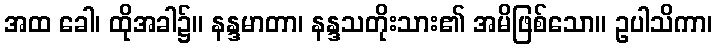
အထ ခေါ၊ ထိုအခါ၌။ နန္ဒမာတာ၊ နန္ဒသတိုးသား၏ အမိဖြစ်သော။ ဥပါသိကာ၊